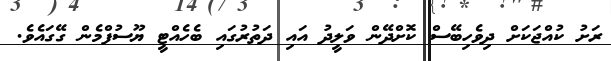
ރަށު ކުއްޖަކަށް ދިވެހިބޭސް ކޮށްދޭން ވަލީދު އައި ދަތުރުގައި ބެހެއްޓީ ޔޫސުފްމެން ގޭގައެވެ.